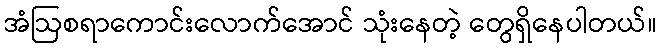
အံဩစရာကောင်းလောက်အောင် သုံးနေတဲ့ တွေရှိနေပါတယ်။